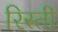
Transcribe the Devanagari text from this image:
रिस्ती